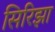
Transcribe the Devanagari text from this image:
सिरिझा